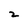
Character: 2